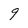
Character: g